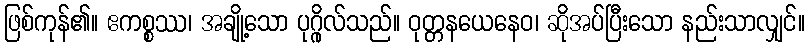
ဖြစ်ကုန်၏။ ဧကစ္စဿ၊ အချို့သော ပုဂ္ဂိုလ်သည်။ ဝုတ္တနယေနေဝ၊ ဆိုအပ်ပြီးသော နည်းသာလျှင်။